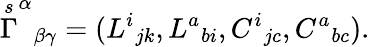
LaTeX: \stackrel{s}{\Gamma}^{\alpha}{}_{\beta\gamma}=(L^{i}{}_{jk},L^{a}{}_{bi},C^{i}{}_{jc},C^{a}{}_{bc}).